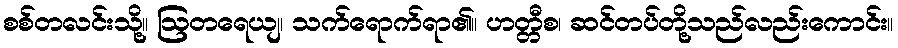
စစ်တလင်းသို့။ ဩတရေယျ၊ သက်ရောက်ရာ၏။ ဟတ္တီစ၊ ဆင်တပ်တို့သည်လည်းကောင်း။